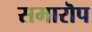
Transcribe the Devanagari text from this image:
समारॊप